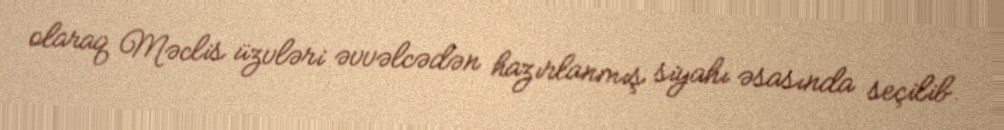
olaraq Məclis üzvləri əvvəlcədən hazırlanmış siyahı əsasında seçilib.